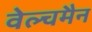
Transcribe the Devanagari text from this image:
वेल्चमैन